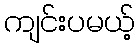
ကျင်းပမယ့်